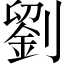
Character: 劉